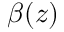
\beta ( z )